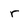
Character: r